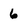
Character: 6